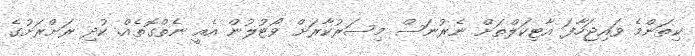
ކިތަންމެ ވައިޖަހާފަ އާޓިކަލްތަށް ނެރުނަސް މިސަރުކާރަށް ވޯޓުލުން އެއީ ނެތްގޮތެއް. ކުދި ރަށްރަށުގެ